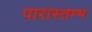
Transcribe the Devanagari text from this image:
पारास्तम्भ